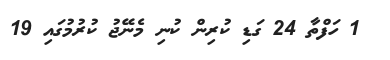
1 ހަފްތާ 24 ގަޑި ކުރިން ކުނި މެނޭޖު ކުރުމުގައި 19